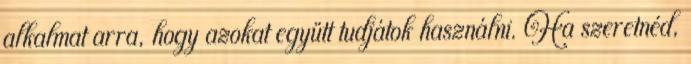
alkalmat arra, hogy azokat együtt tudjátok használni. Ha szeretnéd,